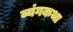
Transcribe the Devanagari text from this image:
व्यंगकथा